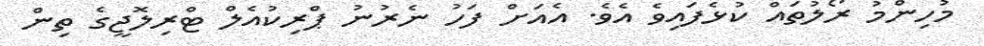
މުހިންމު ރޯލުތައް ކުޅެފައިވެ އެވެ. އެއަށް ފަހު ނެރުނު ޕްރިކުއެލް ޓްރިލޮޖީގެ ތިން